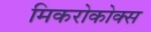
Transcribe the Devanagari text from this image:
मिकरोकोक्स